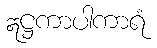
ဣဋ္ဌကာပါကာရံ